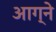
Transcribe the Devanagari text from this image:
आग्ने